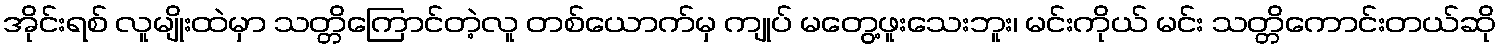
အိုင်းရစ် လူမျိုးထဲမှာ သတ္တိကြောင်တဲ့လူ တစ်ယောက်မှ ကျုပ် မတွေ့ဖူးသေးဘူး၊ မင်းကိုယ် မင်း သတ္တိကောင်းတယ်ဆို